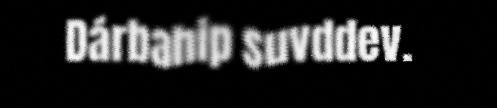
Dárbahip suvddev.